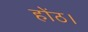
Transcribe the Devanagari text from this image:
होंठ।